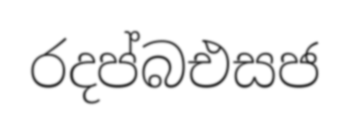
රදප්බඑසජ